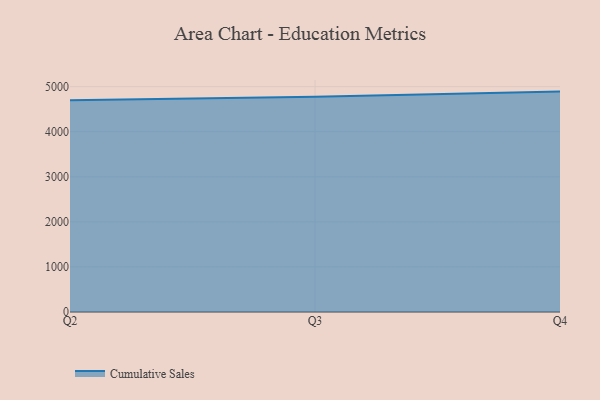
{"axis": {"x": "Quarter", "y": "Headcount"}, "legend": ["Cumulative Sales"], "data": [{"x": "Q2", "y": 4697.5, "type": "Cumulative Sales"}, {"x": "Q3", "y": 4778.6, "type": "Cumulative Sales"}, {"x": "Q4", "y": 4890.4, "type": "Cumulative Sales"}]}